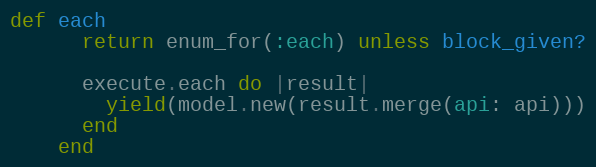
Language: Ruby
def each
      return enum_for(:each) unless block_given?

      execute.each do |result|
        yield(model.new(result.merge(api: api)))
      end
    end